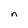
Character: n